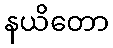
နယိတော